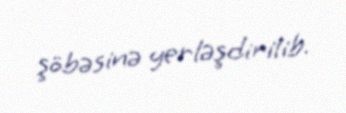
şöbəsinə yerləşdirilib.